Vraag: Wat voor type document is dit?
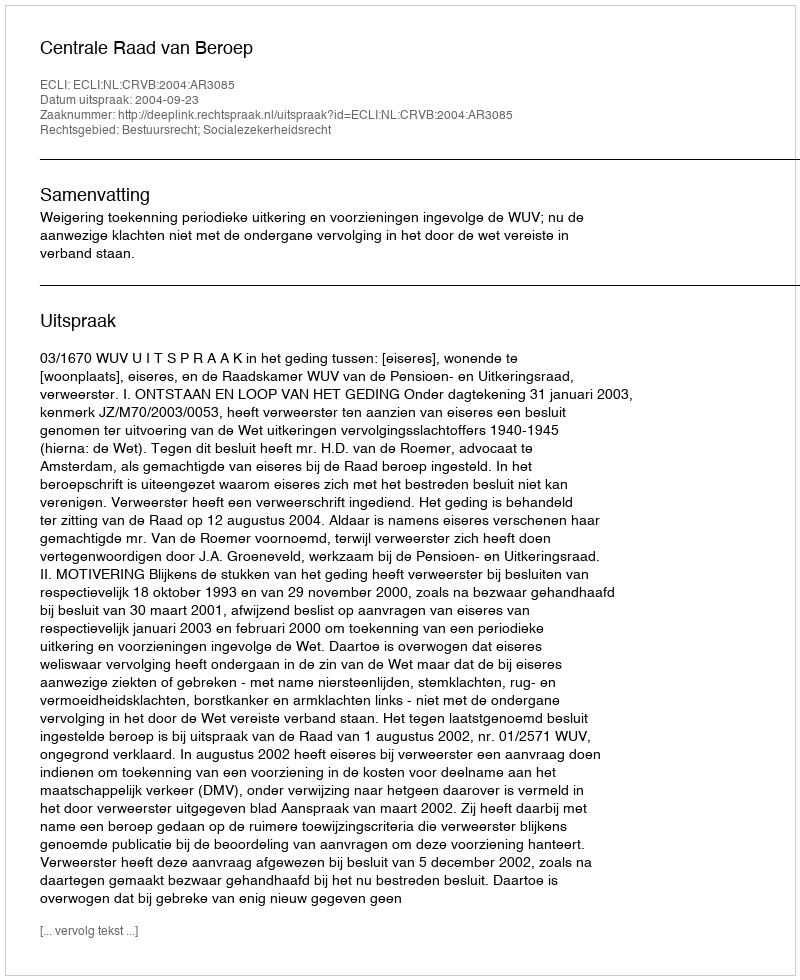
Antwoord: Uitspraak